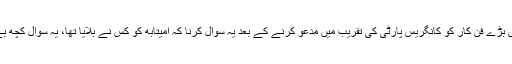
لیکن بالی وڈ کے اِس بڑے فن کار کو کانگریس پارٹی کی تقریب میں مدعو کرنے کے بعد یہ سوال کرنا کہ امیتابھ کو کس نے بلایا تھا، یہ سوال کچھ بے معنی سا لگتا ہے۔